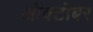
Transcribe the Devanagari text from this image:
आॅक्टॊबर